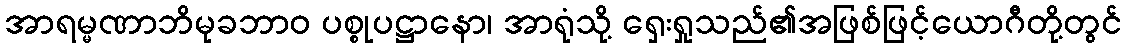
အာရမ္မဏာဘိမုခဘာဝ ပစ္စုပဋ္ဌာနော၊ အာရုံသို့ ရှေးရှုသည်၏အဖြစ်ဖြင့်ယောဂီတို့တွင်